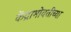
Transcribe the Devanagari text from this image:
केंद्राभोवतीच्या